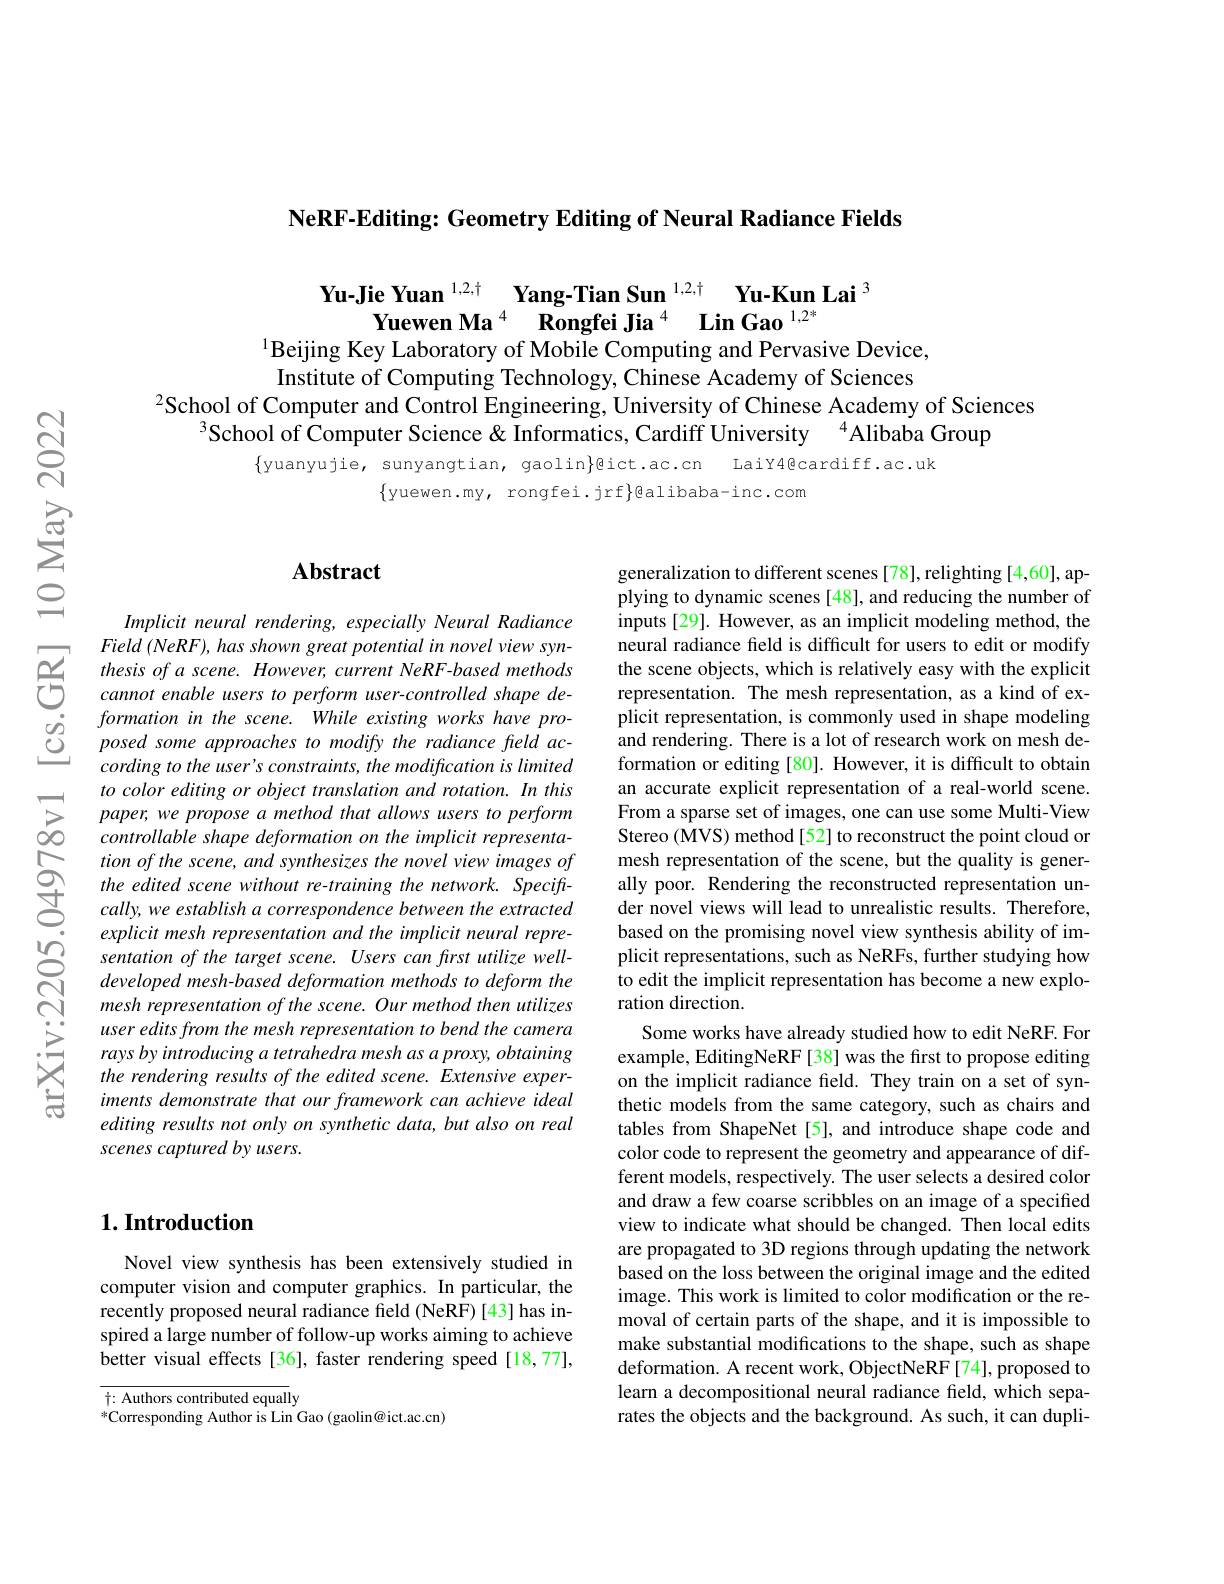
NeRF-Editing: Geometry Editing of Neural Radiance Fields

Yu-Jie Yuan $^{1,2,\dagger}$ Yang-Tian Sun $^{1,2,\dagger}$ Yu-Kun Lai
Yuewen Ma$^{4}\textbf{Rongfei Jia}^{4}\textbf{ Lin Gao}^{1,2*}$
1Beijing Key Laboratory of Mobile Computing and Pervasive Device,

Institute of Computing Technology, Chinese Academy of Sciences
$^{2}$School of Computer and Control Engineering, University of Chinese Academy of Sciences
$^{3}$School of Computer Science & Informatics, Cardiff University $^{4}$Alibaba Group

$\{$yuanyujie, sunyangtian, gaolin}gict.ac.cn LaiY4@cardiff.ac.uk
$\{$yuewen.my, rongfei.jrf$\}$balibaba-inc.com

## $\mathbf{Abstract}$

Implicit neural rendering, especially Neural Radiance
$\begin{array}{lll}&Field~(NeRF),has~shown~great~potential~in~novel~view~syn-\\S&thesis~of~a~scene.~However,~current~NeRF-based~methods\\cannot~enable~users~to~perform~user-controlled~shape~de-\end{array}$ $\begin{array}{lll}{\dot{o}}&{formation~in~the~scene.~While~existing~works~have~pro-}\\{\dot{O}}&{posed~some~approaches~to~modify~the~radiance~field~ac-}\\{\dot{O}}&{posed~some~approaches~to~modify~the~radiance~field~ac-}\end{array}$
cording to the user's constraints, the modification is limited
$\sum _{\infty }^{tocolor editing or object translation and rotation. In this}\sum _{\infty }^{to color editing or object translation and rotation. In this}\infty$ $controllable shape deformation on the implicit representa-$
tion of the scene, and synthesizes the novel view images of the edited scene without re-training the network. Speciftcally, we establish a correspondence between the extracted explicit mesh representation and the implicit neural representation of the target scene. Users can first utilize welldeveloped mesh-based deformation methods to deform the mesh representation of the scene. Our method then utilizes user edits from the mesh representation to bend the camera rays by introducing a tetrahedra mesh as a proxy, obtaining the rendering results of the edited scene. Extensive experiments demonstrate that our framework can achieve ideal editing results not only on synthetic data, but also on real scenes captured by users.

### $1. \textbf{Introduction}$

Novel view synthesis has been extensively studied in computer vision and computer graphics. In particular, the recently proposed neural radiance field (NeRF)[43] has inspired a large number of follow-up works aiming to achieve better visual effects[36], faster rendering speed[18,77],

$\overline{\uparrow:\text{ Authors contributed equally}}$
$^*$Corresponding Author is Lin Gao (gaolin@ict.ac.cn)

generalization to different scenes [78], relighting [4,60], applying to dynamic scenes [48], and reducing the number of inputs[29]. However, as an implicit modeling method, the neural radiance field is difficult for users to edit or modify the scene objects, which is relatively easy with the explicit representation. The mesh representation, as a kind of explicit representation, is commonly used in shape modeling and rendering. There is a lot of research work on mesh deformation or editing [80]. However, it is difficult to obtain an accurate explicit representation of a real-world scene. From a sparse set of images, one can use some Multi-View Stereo (MVS) method [52] to reconstruct the point cloud or mesh representation of the scene, but the quality is generally poor. Rendering the reconstructed representation under novel views will lead to unrealistic results. Therefore, based on the promising novel view synthesis ability of implicit representations, such as NeRFs, further studying how to edit the implicit representation has become a new exploration direction.
Some works have already studied how to edit NeRF. For example, EditingNeRF[38] was the first to propose editing on the implicit radiance field. They train on a set of synthetic models from the same category, such as chairs and tables from ShapeNet[5], and introduce shape code and color code to represent the geometry and appearance of different models, respectively. The user selects a desired color and draw a few coarse scribbles on an image of a specified view to indicate what should be changed. Then local edits are propagated to 3D regions through updating the network based on the loss between the original image and the edited image. This work is limited to color modification or the removal of certain parts of the shape, and it is impossible to make substantial modifications to the shape, such as shape deformation. A recent work, ObjectNeRF[74], proposed to learn a decompositional neural radiance field, which separates the objects and the background. As such, it can dupli-